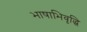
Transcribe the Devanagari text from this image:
भाषाभिवृद्धि